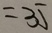
= 3 5